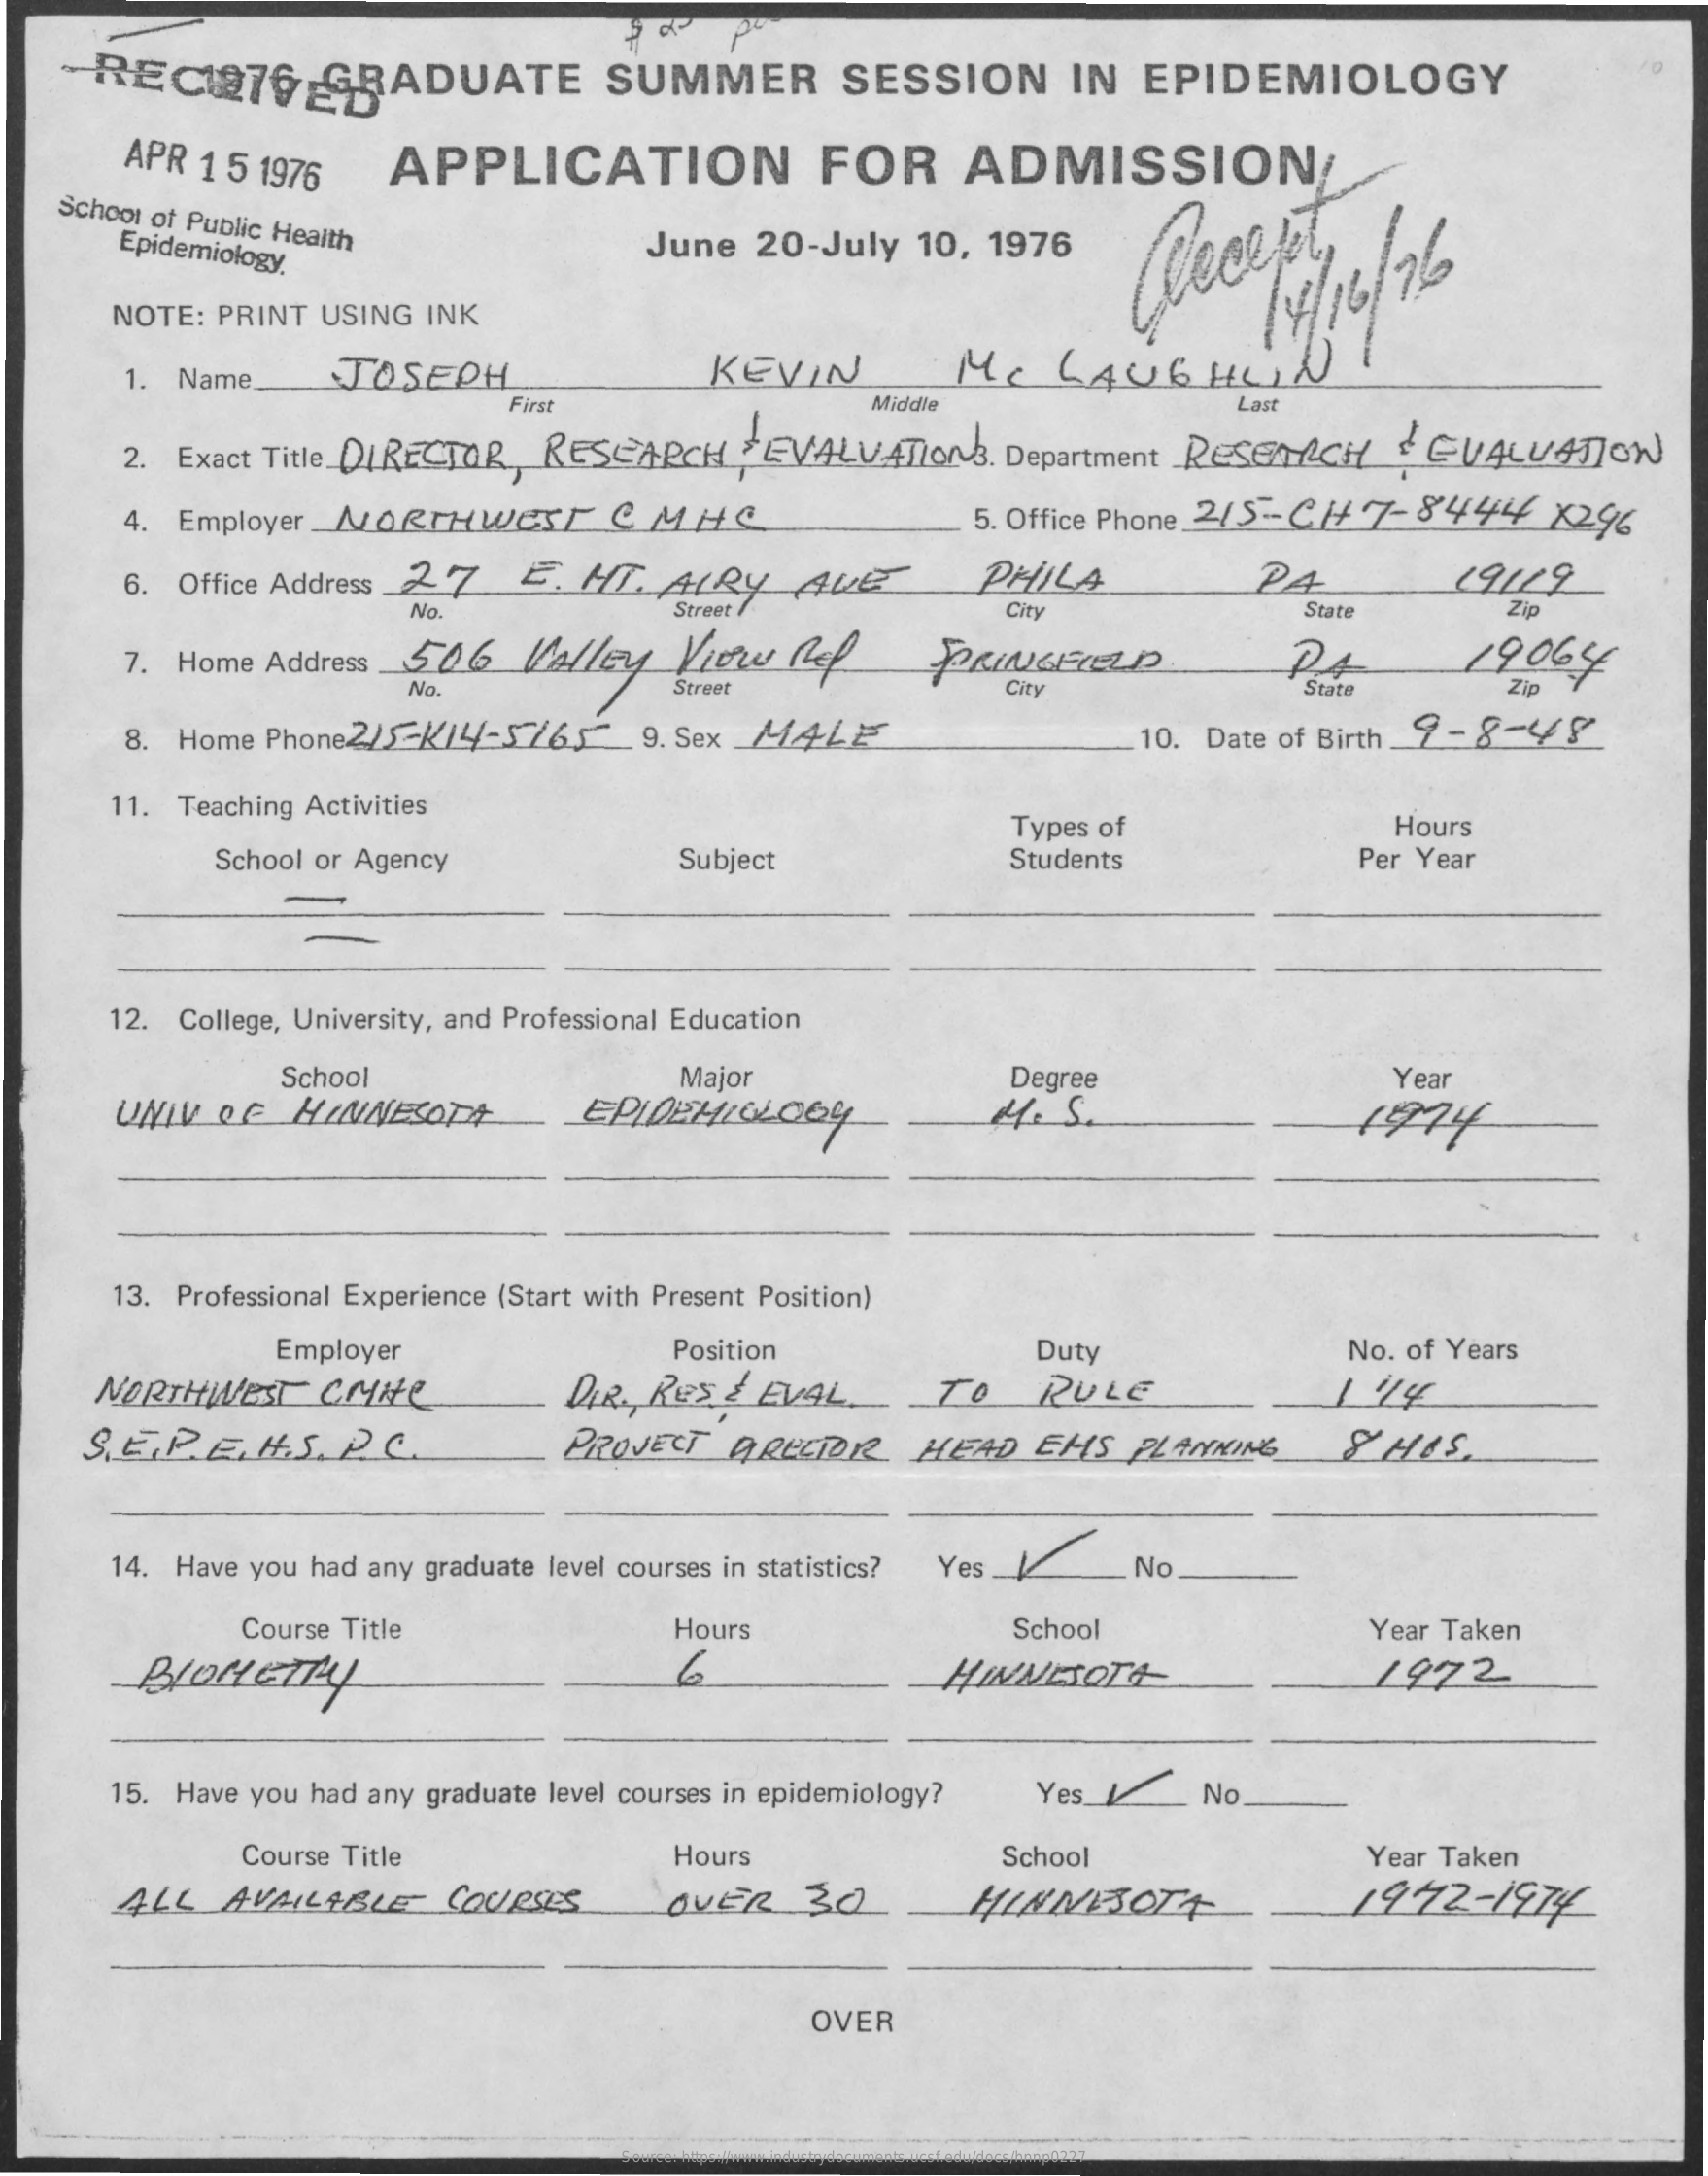
- REC1276   GRADUATE    SUMMER    SESSION    IN EPIDEMIOLOGY
     APR 1 5 1976 APPLICATION    FOR   ADMISSION/
   School of Public Health Epidemiology. June 20-July 10, 1976 Recept,
     NOTE: PRINT USING INK    14 / 16/ 76
     1. Name_  JOSEPH    KEVIN    MCLAUGHLIN
     First    Middle    Last
     2. Exact Title DIRECTOR, RESEARCH : EVALUATIONS. Department RESEARCH & EVALUATION
     4. Employer NORTHWEST CMHC    5. Office Phone 2/5-CH+ 7-8444 X296
     6. Office Address 27 E. HL ALRy ALE    PHILA    24    19.12
     No.    Street    City    State    Zip
     7. Home Address_ 506 Valley View Rep  BRINGEcap    9064
     No.    Street
     8. Home Phone2/5-K14-5/65 9. Sex MALE    10. Date of Birth 9-8-4/8
     11. Teaching Activities
     Types of    Hours
     School or Agency    Subject    Students    Per Year
     12. College, University, and Professional Education
     School    Major    Degree    Year
     UNIV OF MINNESOTA    EPIDEMIOLOGY    4.  S.    1924
     13. Professional Experience (Start with Present Position)
     Employer    Position    Duty    No. of Years
     NORTHWEST CHIC    DIR ., RES & EVAL TO  RULE
    S. E.P. E. H.S. P. C. PROJECT QRECTOR  HEAD EHS  PLANNING  SHIS.
     14. Have you had any graduate level courses in statistics? Yes _1 No
     Course Title    Hours    School    Year Taken
     BIOHETTY    6    HINNESOLA    1972
     15. Have you had any graduate level courses in epidemiology? Yes / No
     Course Title    Hours    School    Year Taken
     ALL AVAILABLE  COURSES   OVER  30    HINNESOIT    1972-  1974
     OVER
     Source: https://www.industrydocuments.ucsf.edu/docs/hnnp0227